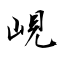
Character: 峴